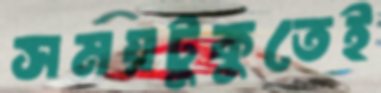
সময়টুকুতেই